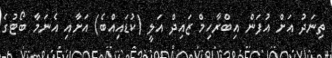
ތިނަދު އަށް އުފަން އިބްރާހިމް ޒައިދް އަލީ (ކުޑައިއްބެ) އަށާއި އެނަމާ ބޯޓުގެ